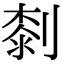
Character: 㓼